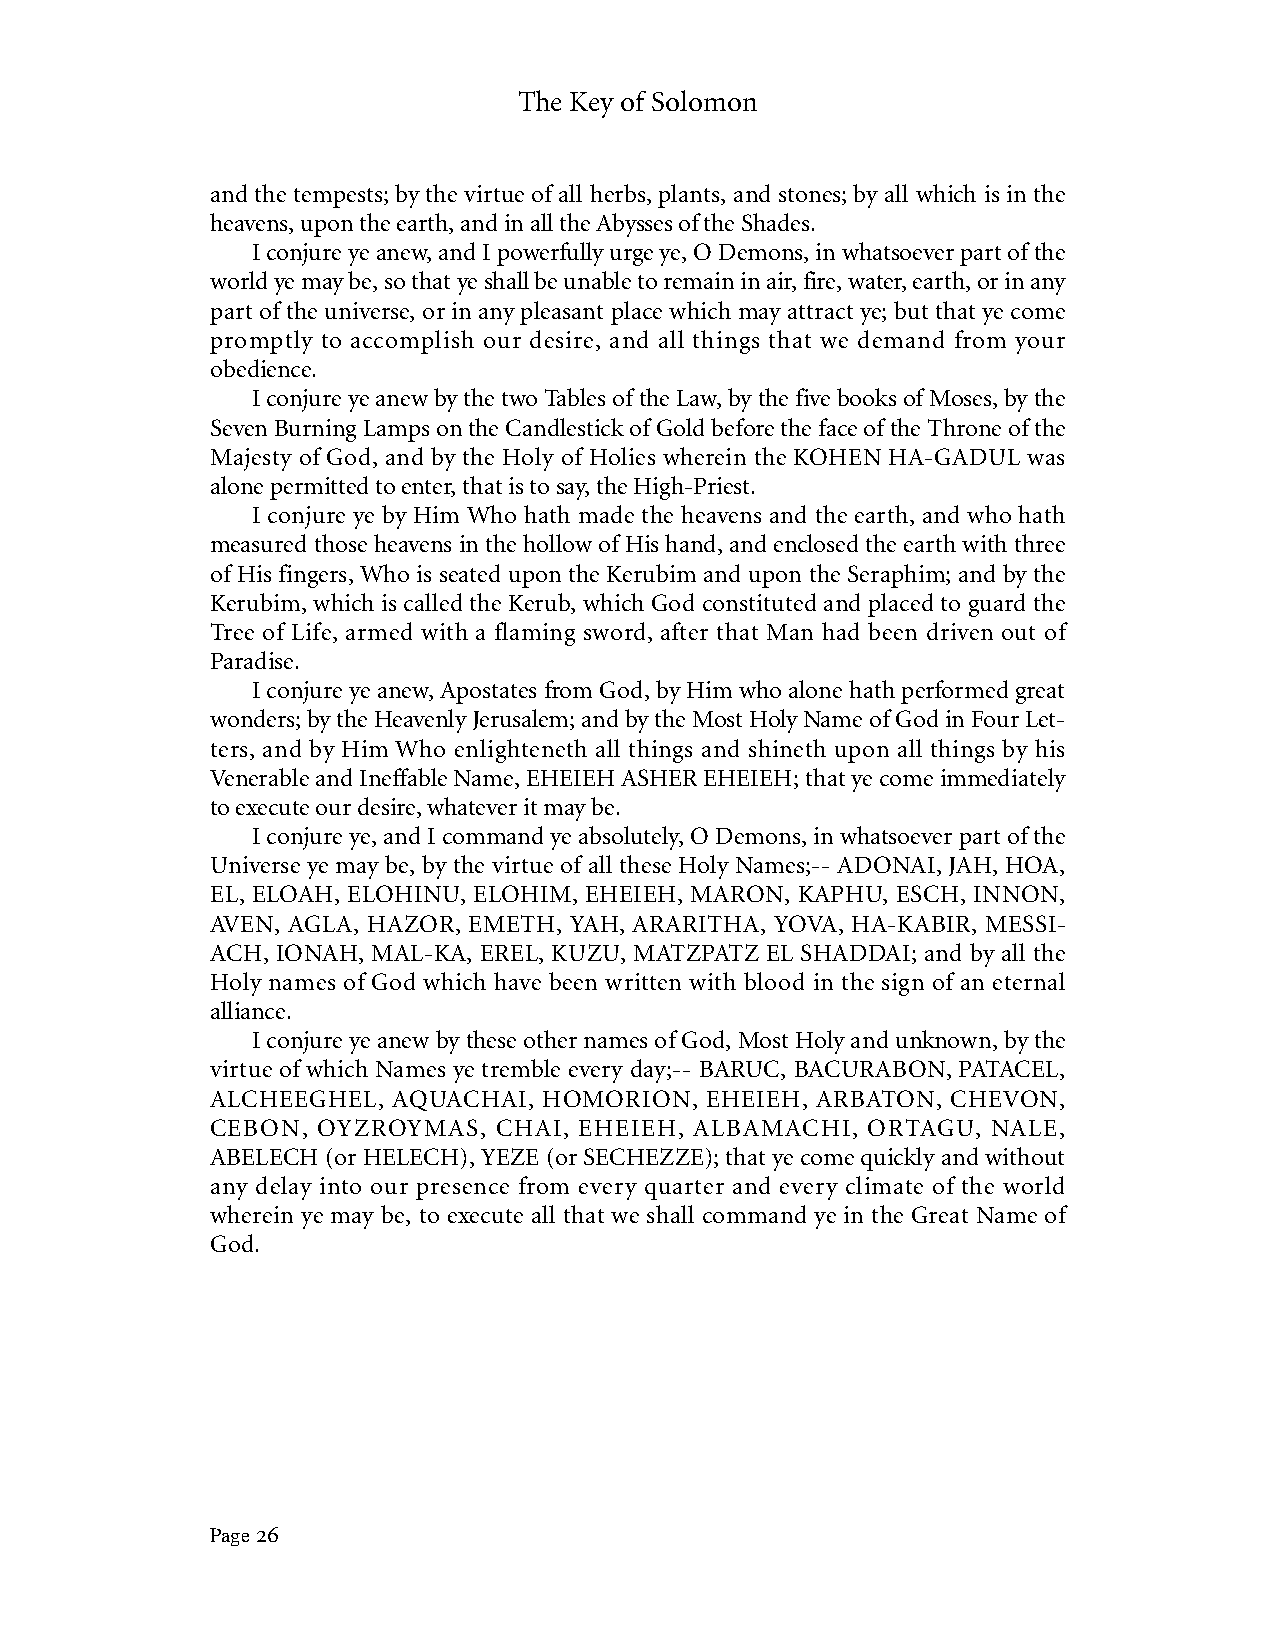
The Key of Solomon
 and the tempests; by the virtue of all herbs, plants, and stones; by all which is in the
 heavens, upon the earth, and in all the Abysses of the Shades.
 I conjure ye anew, and I powerfully urge ye, O Demons, in whatsoever part of the
 world ye may be, so that ye shall be unable to remain in air, fire, water, earth, or in any
 part of the universe, or in any pleasant place which may attract ye; but that ye come
 promptly to accomplish our desire, and all things that we demand from your
 obedience.
 I conjure ye anew by the two Tables of the Law, by the five books of Moses, by the
 Seven Burning Lamps on the Candlestick of Gold before the face of the Throne of the
 Majesty of God, and by the Holy of Holies wherein the KOHEN HA-GADUL was
 alone permitted to enter, that is to say, the High-Priest.
 I conjure ye by Him Who hath made the heavens and the earth, and who hath
 measured those heavens in the hollow of His hand, and enclosed the earth with three
 of His fingers, Who is seated upon the Kerubim and upon the Seraphim; and by the
 Kerubim, which is called the Kerub, which God constituted and placed to guard the
 Tree of Life, armed with a flaming sword, after that Man had been driven out of
 Paradise.
 I conjure ye anew, Apostates from God, by Him who alone hath performed great
 wonders; by the Heavenly Jerusalem; and by the Most Holy Name of God in Four Let-
 ters, and by Him Who enlighteneth all things and shineth upon all things by his
 Venerable and Ineffable Name, EHEIEH ASHER EHEIEH; that ye come immediately
 to execute our desire, whatever it may be.
 I conjure ye, and I command ye absolutely, O Demons, in whatsoever part of the
 Universe ye may be, by the virtue of all these Holy Names;-- ADONAI, JAH, HOA,
 EL, ELOAH, ELOHINU, ELOHIM, EHEIEH, MARON, KAPHU, ESCH, INNON,
 AVEN, AGLA, HAZOR, EMETH, YAH, ARARITHA, YOVA, HA-KABIR, MESSI-
 ACH, IONAH, MAL-KA, EREL, KUZU, MATZPATZ EL SHADDAI; and by all the
 Holy names of God which have been written with blood in the sign of an eternal
 alliance.
 I conjure ye anew by these other names of God, Most Holy and unknown, by the
 virtue of which Names ye tremble every day;-- BARUC, BACURABON, PATACEL,
 ALCHEEGHEL, AQUACHAI, HOMORION,  EHEIEH, ARBATON, CHEVON,
 CEBON, OYZROYMAS,  CHAI, EHEIEH, ALBAMACHI, ORTAGU, NALE,
 ABELECH (or HELECH), YEZE (or SECHEZZE); that ye come quickly and without
 any delay into our presence from every quarter and every climate of the world
 wherein ye may be, to execute all that we shall command ye in the Great Name of
 God.
 Page 26